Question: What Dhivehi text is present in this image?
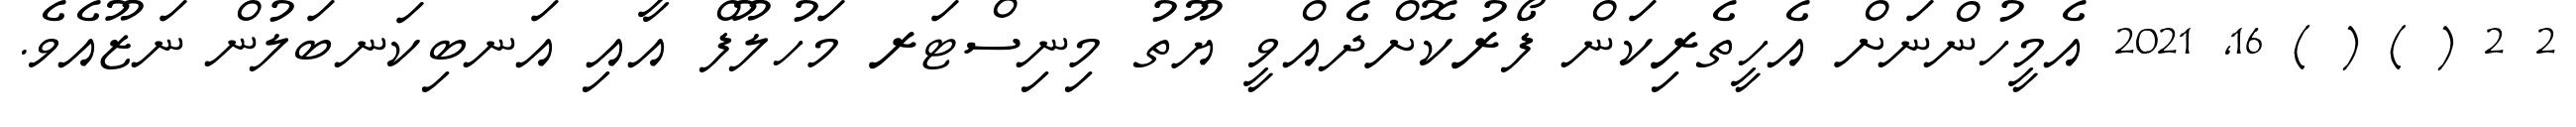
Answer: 2 2 ( ) ( ) 16, 2021 އެމީހުންނަށް އެހީތެރިކަން ފޯރުކޮށްދެއްވީ ޔޫތު މިނިސްޓަރ މަހުލޫފް އާއި އަނބިކަނބަލުން ނަޒޫއެވެ.